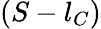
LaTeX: (S-l_{C})